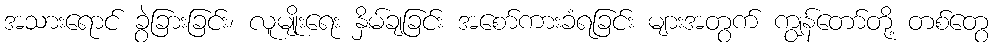
အသားရောင် ခွဲခြားခြင်း၊ လူမျိုးရေး နှိမ်ချခြင်း အစော်ကားခံရခြင်း များအတွက် ကျွန်တော်တို့ တစ်တွေ